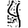
Digit: 4